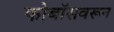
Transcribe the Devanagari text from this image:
फोबॉसवरून